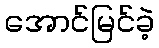
အောင်မြင်ခဲ့